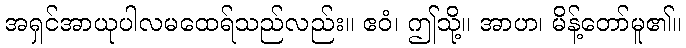
အရှင်အာယုပါလမထေရ်သည်လည်း။ ဧဝံ၊ ဤသို့။ အာဟ၊ မိန့်တော်မူ၏။